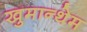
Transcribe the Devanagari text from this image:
खुमान्थेम